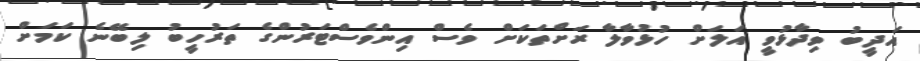
އަދީބު ވިދާޅުވީ އަލަށް ހުޅުވާލާ ރަށްތަކަށް ވެސް އިންވެސްޓަރުންގެ ތަރުހީބު ލިބޭނެ ކަމަށް